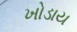
ખોડાય